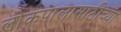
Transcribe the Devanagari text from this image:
लोकपालासाठीच्या